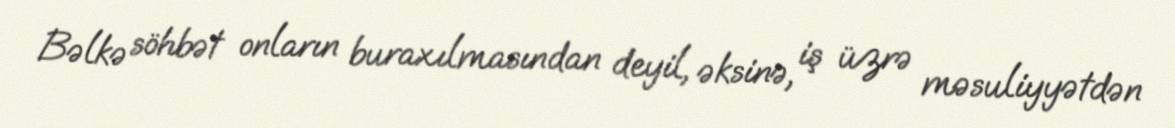
Bəlkə söhbət onların buraxılmasından deyil, əksinə, iş üzrə məsuliyyətdən